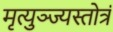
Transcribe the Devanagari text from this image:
मृत्युञ्ज्यस्तोत्रं